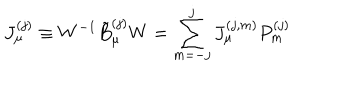
J _ { \mu } ^ { ( j ) } \equiv W ^ { - 1 } \tilde { B } _ { \mu } ^ { ( j ) } W = \sum _ { m = - j } ^ { j } J _ { \mu } ^ { ( j , m ) } P _ { m } ^ { ( j ) }